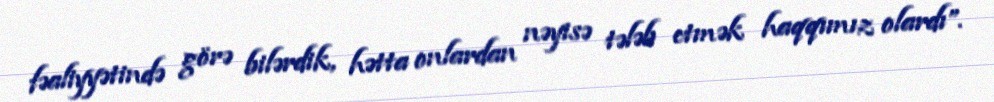
fəaliyyətində görə bilərdik, hətta onlardan nəyisə tələb etmək haqqımız olardı”.